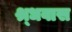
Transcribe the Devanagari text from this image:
श्र्धवास